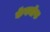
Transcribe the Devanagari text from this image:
कॅवनॉफ